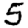
Digit: 5